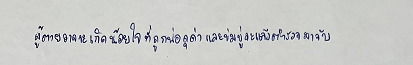
ผู้ตายอาจจะเกิดน้อยใจที่ถูกพ่อดุด่าและข่มขู่จะแจ้งตำรวจมาจับ